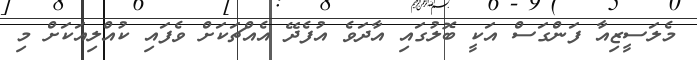
މެލަސީޒިއާ ފަންގަސް އަކީ ބޮލުގައި އާދަވެ އުފެދޭ އެއްޗަކަށް ވެފައި ކުއްލިއަކަށް މި